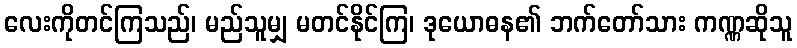
လေးကိုတင်ကြသည်၊ မည်သူမျှ မတင်နိုင်ကြ၊ ဒုယောဓန၏ ဘက်တော်သား ကဏ္ဏဆိုသူ